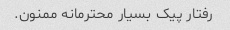
رفتار پیک بسیار محترمانه ممنون.